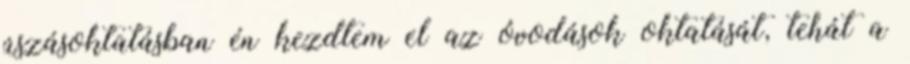
úszásoktatásban én kezdtem el az óvodások oktatását, tehát a